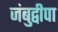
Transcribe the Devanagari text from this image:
जंबुद्वीपा